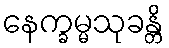
နေက္ခမ္မသုခန္တိ